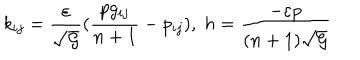
k _ { i j } = \frac { \varepsilon } { \sqrt { \cal G } } ( \frac { p g _ { i j } } { n + 1 } - p _ { i j } ) , \; h = \frac { - \varepsilon p } { ( n + 1 ) \sqrt { \cal G } }